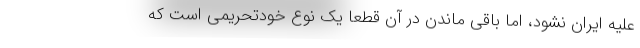
علیه ایران نشود، اما باقی ماندن در آن قطعا یک نوع خودتحریمی است که